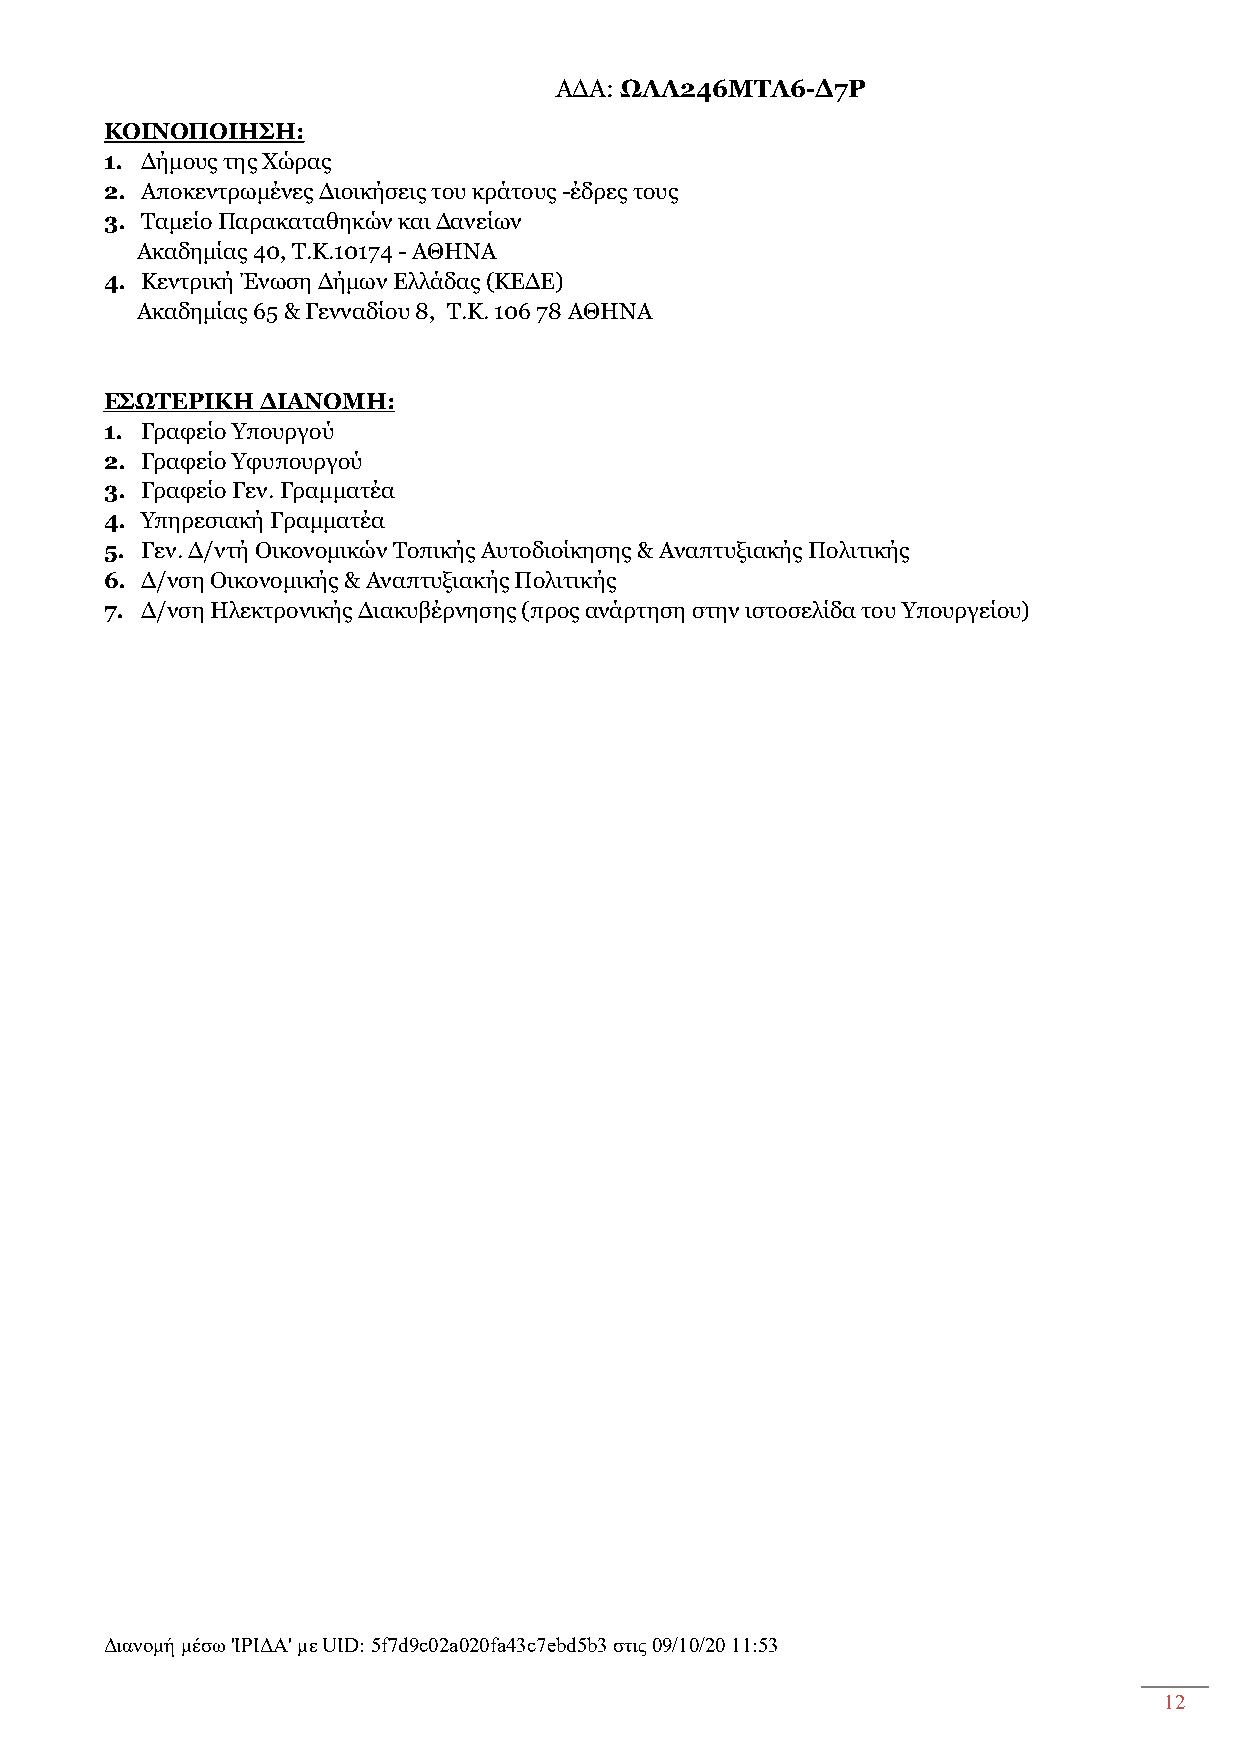
ΑΔΑ: ΩΛΛ246ΜΤΛ6-Δ7Ρ
 ΚΟΙΝΟΠΟΙΗΣΗ:
 1. Δήμους της Χώρας
 2. Αποκεντρωμένες Διοικήσεις του κράτους -έδρες τους
 3. Ταμείο Παρακαταθηκών και Δανείων
 Ακαδημίας 40, Τ.Κ.10174 - ΑΘΗΝΑ
 4. Κεντρική Ένωση Δήμων Ελλάδας (ΚΕΔΕ)
 Ακαδημίας 65 & Γενναδίου 8, Τ.Κ. 106 78 ΑΘΗΝΑ
 ΕΣΩΤΕΡΙΚΗ ΔΙΑΝΟΜΗ:
 1. Γραφείο Υπουργού
 2. Γραφείο Υφυπουργού
 3. Γραφείο Γεν. Γραμματέα
 4. Υπηρεσιακή Γραμματέα
 5. Γεν. Δ/ντή Οικονομικών Τοπικής Αυτοδιοίκησης & Αναπτυξιακής Πολιτικής
 6. Δ/νση Οικονομικής & Αναπτυξιακής Πολιτικής
 7. Δ/νση Ηλεκτρονικής Διακυβέρνησης (προς ανάρτηση στην ιστοσελίδα του Υπουργείου)
 Διανομή μέσω 'ΙΡΙΔΑ' με UID: 5f7d9c02a020fa43c7ebd5b3 στις 09/10/20 11:53
 12